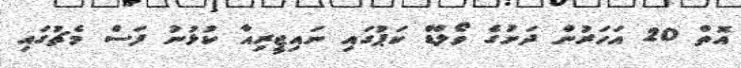
އޮތް 20 އަހަރުން ދަށުގެ ވޯލްޑް ކަޕުގައި ނައިޖީރިއާ ކުޅުނު ފަސް މެޗުގައި